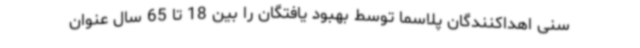
سنی اهداکنندگان پلاسما توسط بهبود یافتگان را بین 18 تا 65 سال عنوان